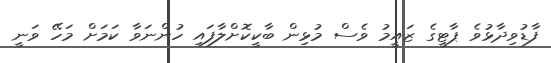
ފާޑުވިދާޅުވެ ޕާޓީގެ ޒައީމު ވެސް މުޅިން ބާކީކޮށްލާފައި ހުންނަވާ ކަމަށް މަހޭ ވަނީ